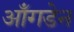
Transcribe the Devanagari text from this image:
ऑंगडेन